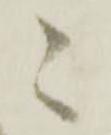
ニ